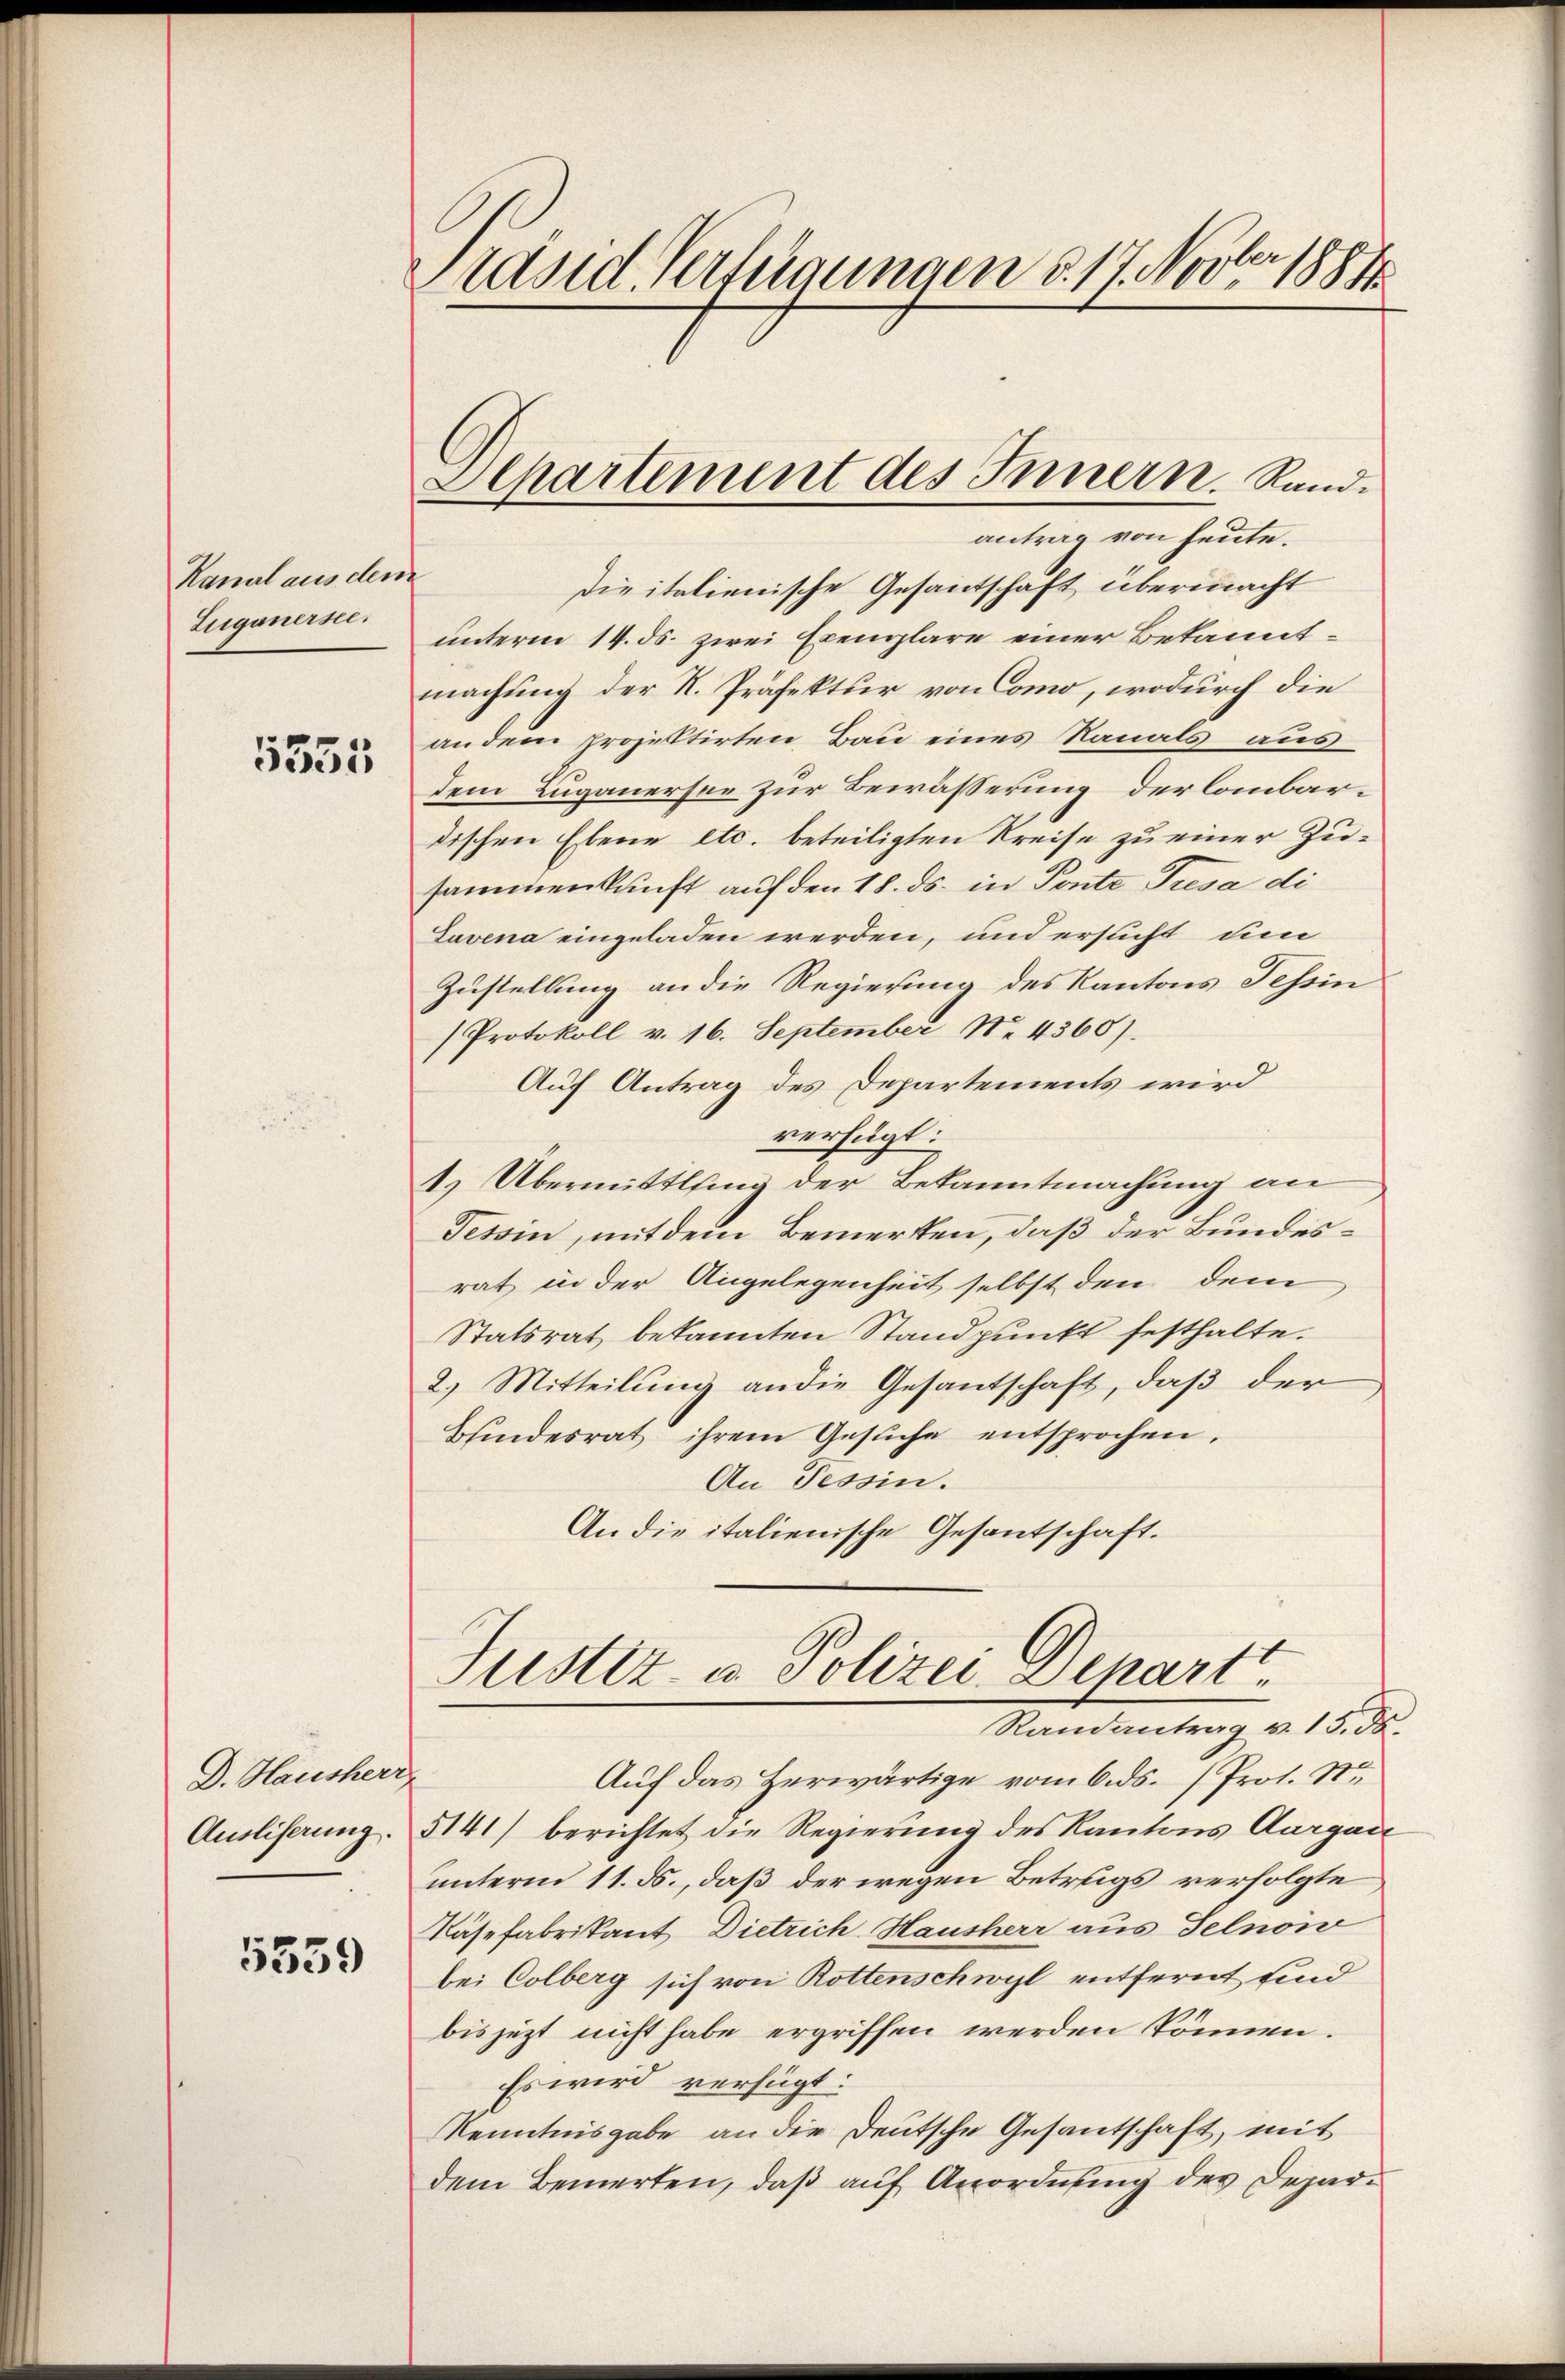
Kanal aus dem
Euganerse

5351

D. Hausherr
Ausliserung

5359

Präsid. Verfügungen d. 17. Novber 1884

Departement des Innern. Rand.
antrag von heute.

Die italienische Gesantschaft übermacht
unterm 14. ds. zwei Exemplare einer Bekanntmachung der R. Präfektur von Como, wodurch die
an dem projektirten Bau eines Nanals aus
dem Luganersee zur Bewässerung der lombardischen Ebene etc. beteiligten Kreise zu einer Zusammenkunft auf den 18. ds. in Ponte Tresa di
Lavena eingeladen werden, und ersucht um
Zustellung an die Regierung des Kantons Tessin
Protokoll v. 16. September No. 4360).
Auf Antrag des Departements wird
verfügt:
t) Übermittlung der Bekanntmachung an
Tessin, mit dem Bemerkten, daß der Bundesrat in der Angelegenheit selbst den dem
Statsrat bekannten Standpunkt festhalte.
2.) Mitteilung an die Gesantschaft, daß der
Bundesrat ihrem Gesŭche entsprochen.
An Tessin.
An die italienische Gesantschaft.

Justiz- u. Polizei-Depart
Randantrag v. 15. ds.

Auf das Herwärtige vom 6. ds. (Prot. Stu
5141) berichtet die Regierung des Kantons Aargau
unterm 11. ds., daß der wegen Betrugs verfolgte
Näsefabrikant, Dietrich Hausherr aus Selnoi
bei Colberg sich von Rottenschwyl entfernt sind
bis jezt nicht habe ergriffen werden können.
Es wird verfügt:
Kenntnisgabe an die Deutsche Gesantschaft, mit
dem Bemerken, daß auf Anordnung des Depar¬